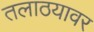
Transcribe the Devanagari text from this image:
तलाठयावर